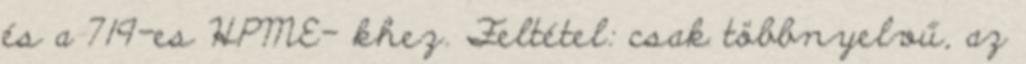
és a 719-es HPME- khez. Feltétel: csak többnyelvű, az